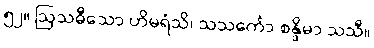
၅၂။ ဩသဓီသော ဟိမရံသိ၊ သသင်္ကော စန္ဒိမာ သသီ။